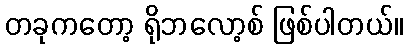
တခုကတော့ ရိုဘလော့စ် ဖြစ်ပါတယ်။